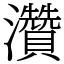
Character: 灒